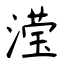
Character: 滢